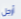
أرجل